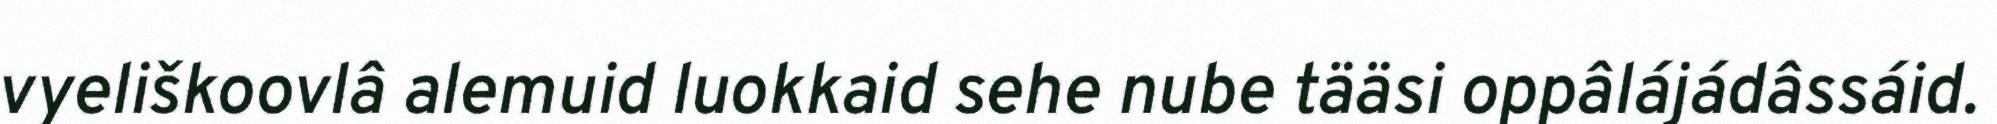
vyeliškoovlâ alemuid luokkaid sehe nube tääsi oppâlájádâssáid.